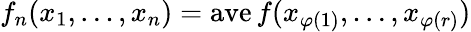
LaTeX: f_{n}(x_{1},\ldots,x_{n})=\operatorname{ave}f(x_{\varphi(1)},\ldots,x_{\varphi(r)})